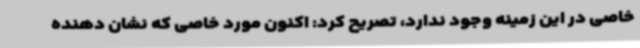
خاصی در این زمینه وجود ندارد، تصریح کرد: اکنون مورد خاصی که نشان دهنده